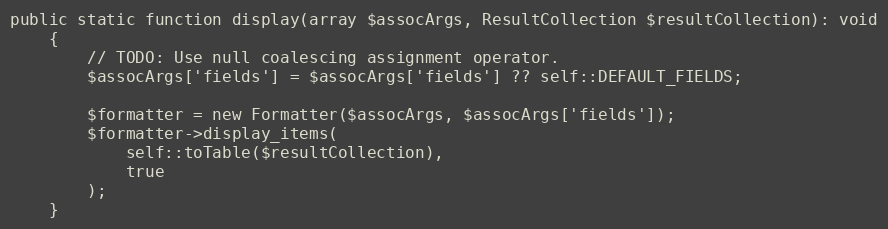
Language: PHP
public static function display(array $assocArgs, ResultCollection $resultCollection): void
    {
        // TODO: Use null coalescing assignment operator.
        $assocArgs['fields'] = $assocArgs['fields'] ?? self::DEFAULT_FIELDS;

        $formatter = new Formatter($assocArgs, $assocArgs['fields']);
        $formatter->display_items(
            self::toTable($resultCollection),
            true
        );
    }